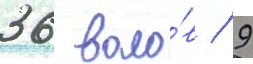
36 воло́в / 9